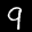
Label: 9